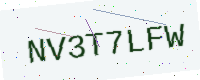
Text: NV3T7LFW